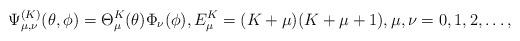
LaTeX: \begin{align*} \Psi^{(K)}_{\mu,\nu} (\theta,\phi) = \Theta^K_{\mu}(\theta) \Phi_{\nu}(\phi), E^K_{\mu} = (K+\mu)(K+\mu+1), \mu, \nu = 0, 1, 2, \ldots, \end{align*}